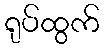
ရုပ်ထွက်